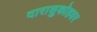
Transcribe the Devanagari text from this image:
दाराशुकोहवर